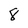
Character: 8